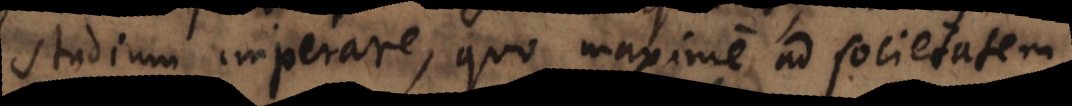
studium imperare, quo maxime ad juvendam